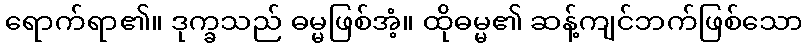
ရောက်ရာ၏။ ဒုက္ခသည် ဓမ္မဖြစ်အံ့။ ထိုဓမ္မ၏ ဆန့်ကျင်ဘက်ဖြစ်သော